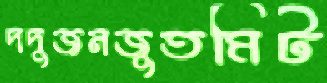
দদুজনজুতমিট